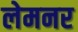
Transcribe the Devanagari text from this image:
लेमनर